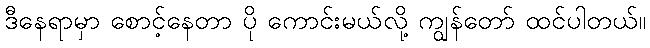
ဒီနေရာမှာ စောင့်နေတာ ပို ကောင်းမယ်လို့ ကျွန်တော် ထင်ပါတယ်။